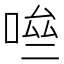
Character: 𠴧